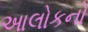
આલોકનો